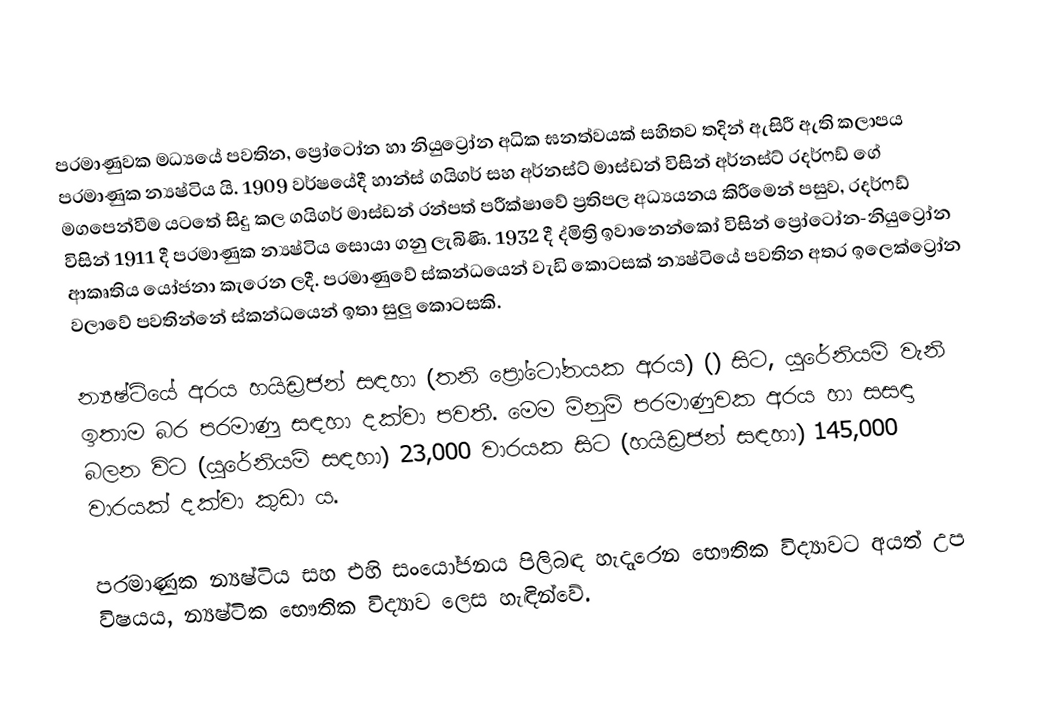
පරමාණුවක මධ්‍යයේ පවතින, ප්‍රෝටෝන හා නියුට්‍රෝන අධික ඝනත්වයක් සහිතව තදින් ඇසිරී ඇති කලාපය පරමාණුක න්‍යෂ්ටිය යි. 1909 වර්ෂයේදී හාන්ස් ගයිගර් සහ අර්නස්ට් මාස්ඩන් විසින් අර්නස්ට් රදර්ෆඩ් ගේ මගපෙන්වීම යටතේ සිදු කල ගයිගර් මාස්ඩන් රන්පත් පරීක්ෂාවේ ප්‍රතිපල අධ්‍යයනය කිරීමෙන් පසුව, රදර්ෆඩ් විසින් 1911 දී පරමාණුක න්‍යෂ්ටිය සොයා ගනු ලැබිණි. 1932 දී ද්මිත්‍රි ඉවානෙන්කෝ විසින් ප්‍රෝටෝන-නියුට්‍රෝන ආකෘතිය යෝජනා කැරෙන ලදී. පරමාණුවේ ස්කන්ධයෙන් වැඩි කොටසක් න්‍යෂ්ටියේ පවතින අතර ඉලෙක්ට්‍රෝන වලාවේ පවතින්නේ ස්කන්ධයෙන් ඉතා සුලු කොටසකි.

න්‍යෂ්ටියේ අරය හයිඩ්‍රජන් සඳහා (තනි ප්‍රෝටෝනයක අරය)  () සිට, යුරේනියම් වැනි ඉතාම බර පරමාණු සඳහා  දක්වා පවතී. මෙම මිනුම් පරමාණුවක අරය හා සසඳා බලන විට (යුරේනියම් සඳහා) 23,000 වාරයක සිට (හයිඩ්‍රජන් සඳහා) 145,000 වාරයක් දක්වා කුඩා ය.

පරමාණුක න්‍යෂ්ටිය සහ එහි සංයෝජනය පිලිබඳ හැදෑරෙන භෞතික විද්‍යාවට අයත් උප විෂයය, න්‍යෂ්ටික භෞතික විද්‍යාව ලෙස හැඳින්වේ.